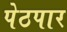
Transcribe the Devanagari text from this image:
पेठपार